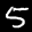
Label: 5